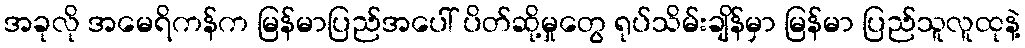
အခုလို အမေရိကန်က မြန်မာပြည်အပေါ် ပိတ်ဆို့မှုတွေ ရုပ်သိမ်းချိန်မှာ မြန်မာ ပြည်သူလူထုနဲ့